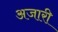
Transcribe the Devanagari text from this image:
अजारी